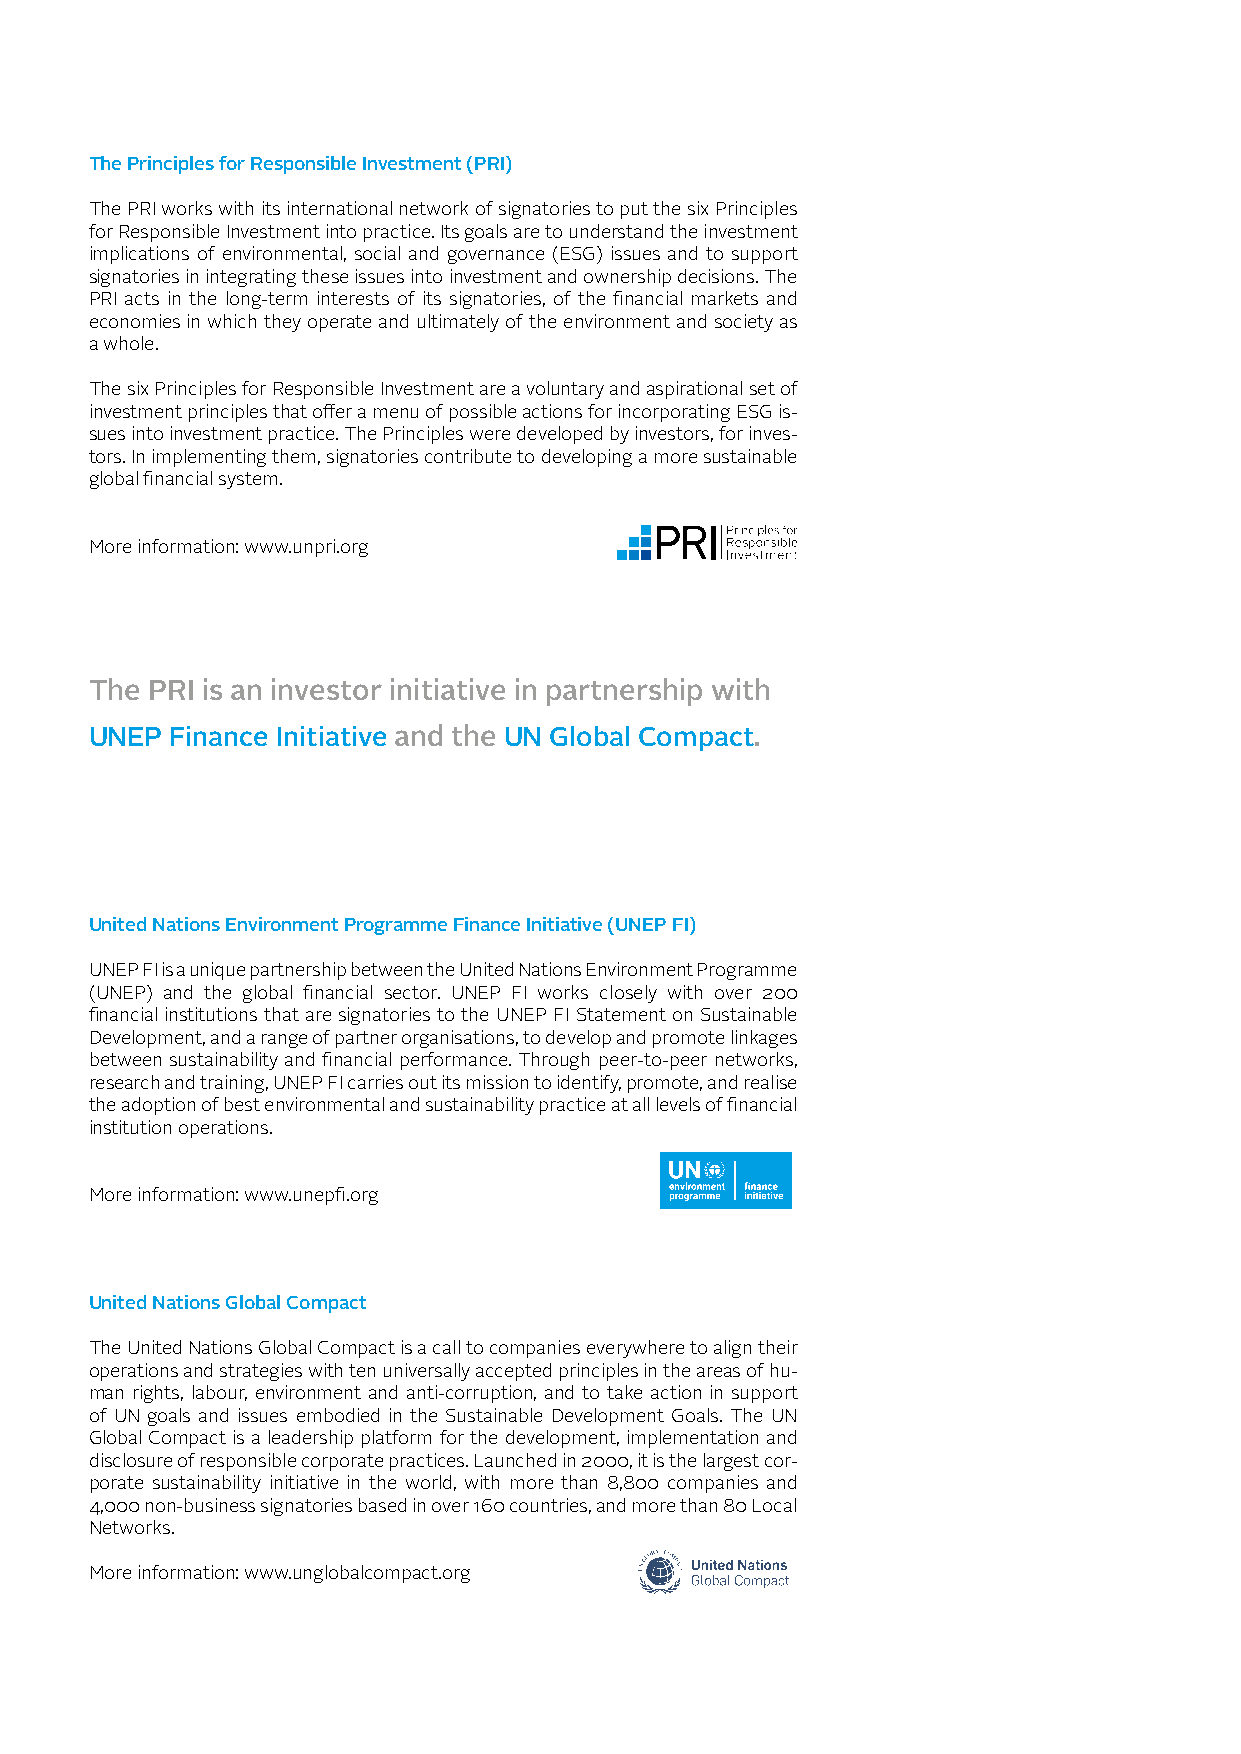
The Principles for Responsible Investment (PRI)
 The PRI works with its international network of signatories to put the six Principles
 for Responsible Investment into practice. Its goals are to understand the investment
 implications of environmental, social and governance (ESG) issues and to support
 signatories in integrating these issues into investment and ownership decisions. The
 PRI acts in the long-term interests of its signatories, of the financial markets and
 economies in which they operate and ultimately of the environment and society as
 a whole.
 The six Principles for Responsible Investment are a voluntary and aspirational set of
 investment principles that offer a menu of possible actions for incorporating ESG is-
 sues into investment practice. The Principles were developed by investors, for inves-
 tors. In implementing them, signatories contribute to developing a more sustainable
 global financial system.
 More information: www.unpri.org
 The PRI is an investor initiative in partnership with
 UNEP Finance Initiative and the UN Global Compact.
 United Nations Environment Programme Finance Initiative (UNEP FI)
 UNEP FI is a unique partnership between the United Nations Environment Programme
 (UNEP) and the global financial sector. UNEP FI works closely with over 200
 financial institutions that are signatories to the UNEP FI Statement on Sustainable
 Development, and a range of partner organisations, to develop and promote linkages
 between sustainability and financial performance. Through peer-to-peer networks,
 research and training, UNEP FI carries out its mission to identify, promote, and realise
 the adoption of best environmental and sustainability practice at all levels of financial
 institution operations.
 More information: www.unepfi.org
 United Nations Global Compact
 The United Nations Global Compact is a call to companies everywhere to align their
 operations and strategies with ten universally accepted principles in the areas of hu-
 man rights, labour, environment and anti-corruption, and to take action in support
 of UN goals and issues embodied in the Sustainable Development Goals. The UN
 Global Compact is a leadership platform for the development, implementation and
 disclosure of responsible corporate practices. Launched in 2000, it is the largest cor-
 porate sustainability initiative in the world, with more than 8,800 companies and
 4,000 non-business signatories based in over 160 countries, and more than 80 Local
 Networks.
 More information: www.unglobalcompact.org